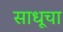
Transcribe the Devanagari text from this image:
साधूचा